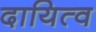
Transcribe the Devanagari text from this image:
दायित्‍व